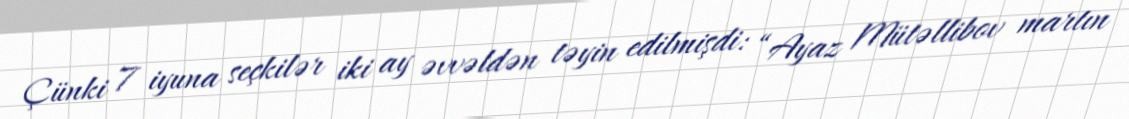
Çünki 7 iyuna seçkilər iki ay əvvəldən təyin edilmişdi: “Ayaz Mütəllibov martın